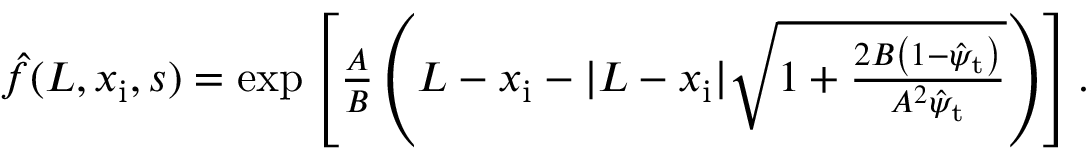
\begin{array} { r } { \hat { f } ( L , x _ { \mathrm { i } } , s ) = \exp \left[ \frac { A } { B } \left( L - x _ { \mathrm { i } } - | L - x _ { \mathrm { i } } | \sqrt { 1 + \frac { 2 B \left( 1 - \hat { \psi } _ { \mathrm { t } } \right) } { A ^ { 2 } \hat { \psi } _ { \mathrm { t } } } } \right) \right] . } \end{array}